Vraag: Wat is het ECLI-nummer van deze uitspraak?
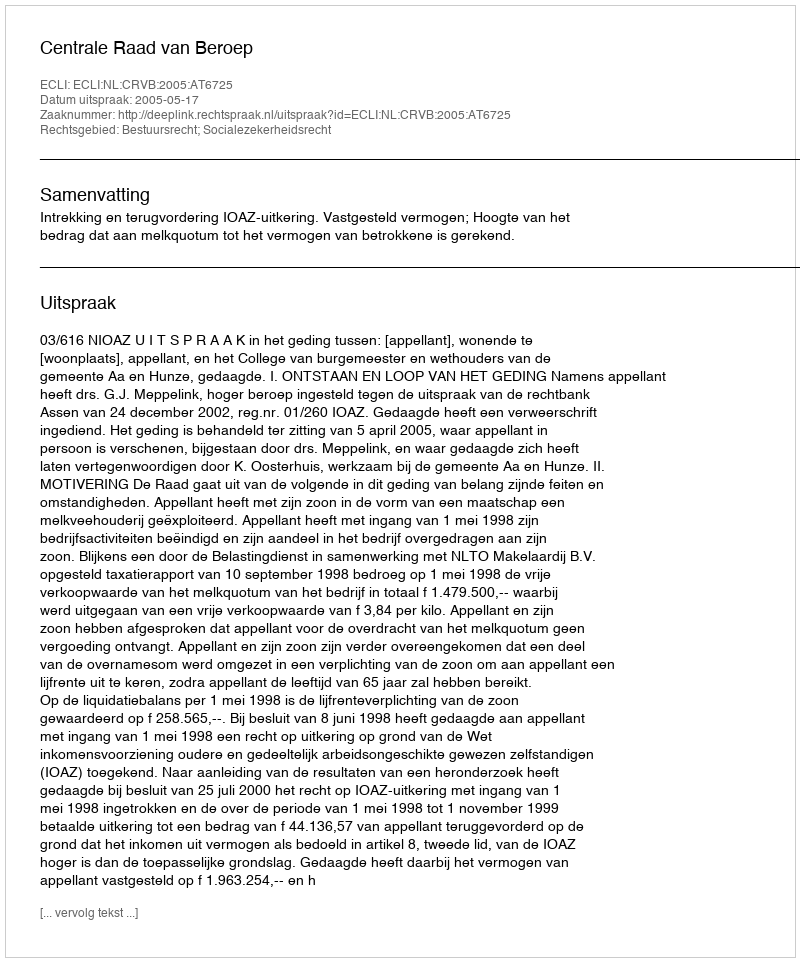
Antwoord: ECLI:NL:CRVB:2005:AT6725